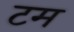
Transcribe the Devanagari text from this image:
टम